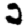
Digit: 2